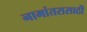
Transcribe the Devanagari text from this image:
नामांतरासाठी